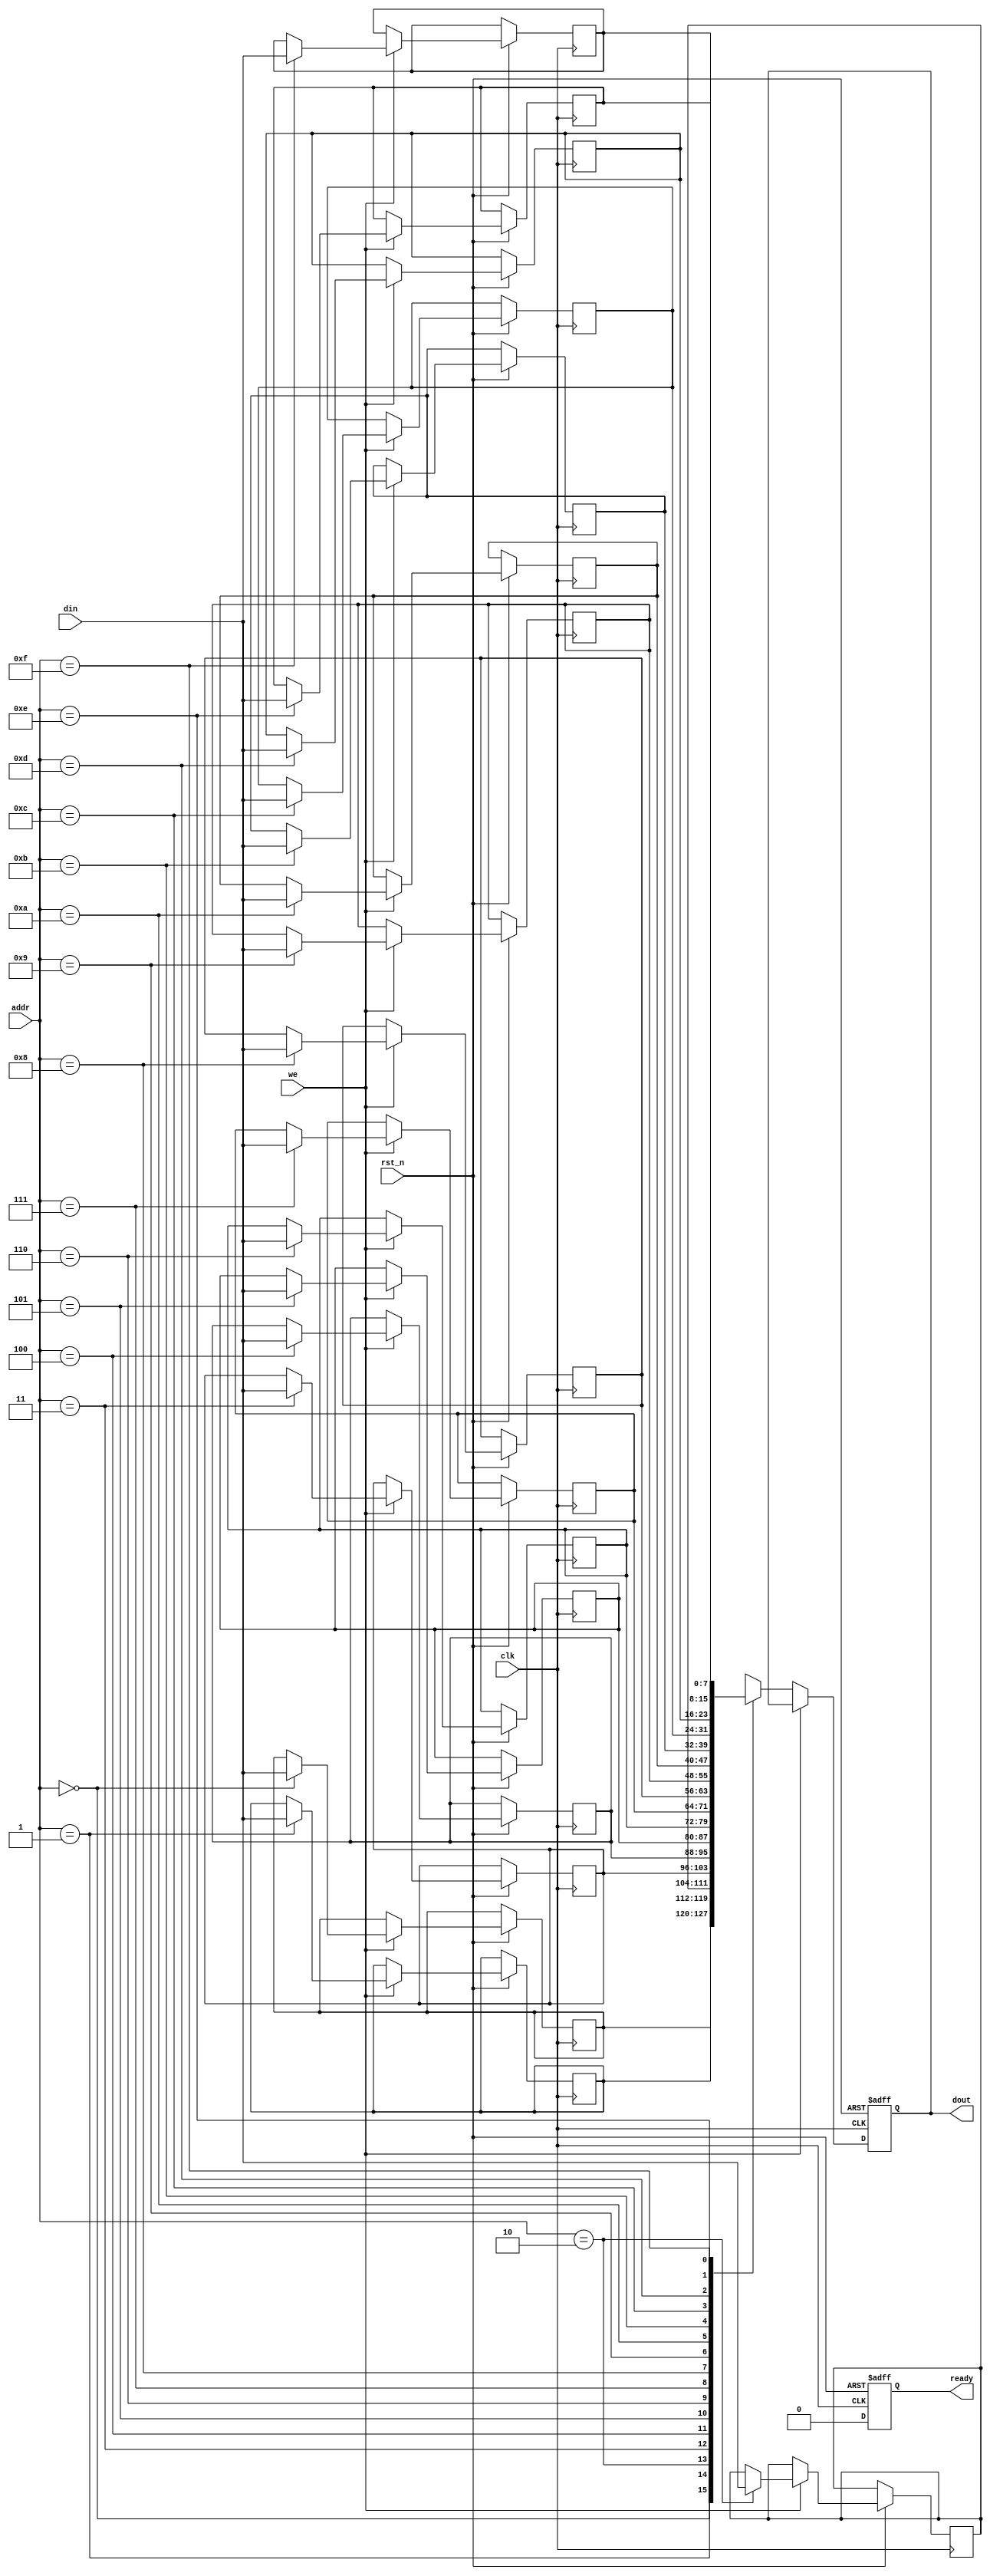
module low_power_sram #(
    parameter DATA_WIDTH = 8,        // Configurable data width
    parameter ADDR_WIDTH = 4,        // Address width
    parameter MEM_DEPTH = 16          // Memory depth (2^ADDR_WIDTH)
)(
    input wire clk,                   // Clock signal
    input wire rst_n,                 // Active low reset
    input wire [ADDR_WIDTH-1:0] addr, // Address input
    input wire [DATA_WIDTH-1:0] din,  // Data input
    input wire we,                    // Write enable
    output reg [DATA_WIDTH-1:0] dout, // Data output
    output reg ready                  // Ready signal
);

    // Memory Array: 16 x 8-bit SRAM cells
    reg [DATA_WIDTH-1:0] mem [0:MEM_DEPTH-1];

    // Address Decoder (hierarchical)
    wire [MEM_DEPTH-1:0] word_line;
    assign word_line = 1'b1 << addr; // Active high word line selection

    // Control Logic
    always @(posedge clk or negedge rst_n) begin
        if (!rst_n) begin
            dout <= 0;
            ready <= 1;
        end else begin
            if (we) begin
                mem[addr] <= din; // Write operation
                ready <= 0; // Busy during write
            end else begin
                dout <= mem[addr]; // Read operation
                ready <= 0; // Busy during read
            end
        end
    end

    // Power Management Unit (conceptual)
    // Implementing sleep mode management could be added here
    // ...

endmodule